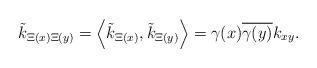
LaTeX: \begin{align*}\tilde{k}_{\Xi(x)\Xi(y)}=\left\langle \tilde{k}_{\Xi(x)},\tilde{k}_{\Xi(y)}\right\rangle =\gamma(x)\overline{\gamma(y)}k_{xy}. \end{align*}